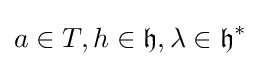
a\in T,h\in {\mathfrak {h}},\lambda \in {\mathfrak {h}}^{*}